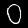
Digit: 0